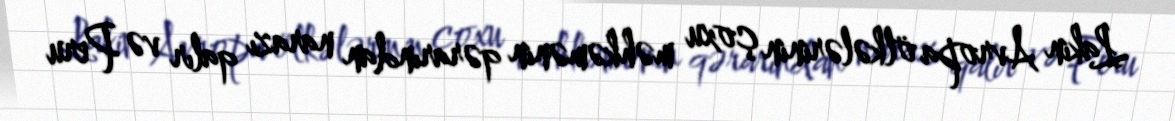
Lakin Avropa ölkələrinin çoxu məhkəmənin qərarından narazı qalır və Peru